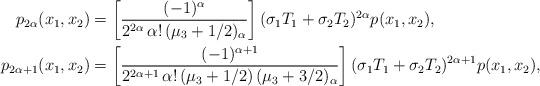
LaTeX: \begin{align*} p_{2\alpha}(x_1,x_2)&=\left[\frac{(-1)^{\alpha}}{2^{2\alpha}\,\alpha!\,(\mu_3+1/2)_{\alpha}}\right](\sigma_1 T_1+\sigma_2 T_2)^{2\alpha}p(x_1,x_2), \\ p_{2\alpha+1}(x_1,x_2)&=\left[\frac{(-1)^{\alpha+1}}{2^{2\alpha+1}\,\alpha!\,(\mu_3+1/2)\,(\mu_3+3/2)_{\alpha}}\right](\sigma_1 T_1+\sigma_2 T_2)^{2\alpha+1}p(x_1,x_2),\end{align*}